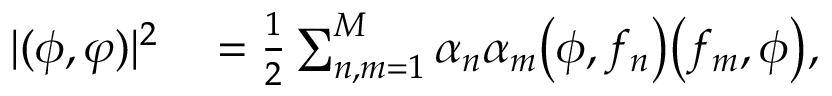
\begin{array} { r l } { | ( \phi , \varphi ) | ^ { 2 } } & { { } = \frac { 1 } { 2 } \sum _ { n , m = 1 } ^ { M } \alpha _ { n } \alpha _ { m } \bigl ( \phi , f _ { n } \bigr ) \bigl ( f _ { m } , \phi \bigr ) , } \end{array}